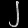
Digit: ၂